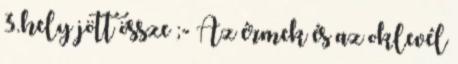
3.hely jött össze ;- Az érmek és az oklevél